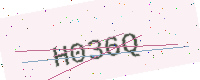
Text: H036Q